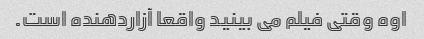
اوه وقتی فیلم می بینید واقعا آزاردهنده است.